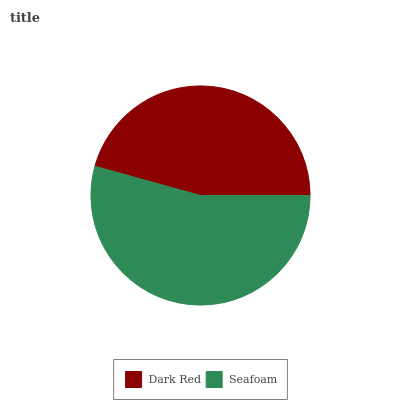
| Dark Red | Seafoam |
 | --- | --- |
 | 45.7% | 54.3% |